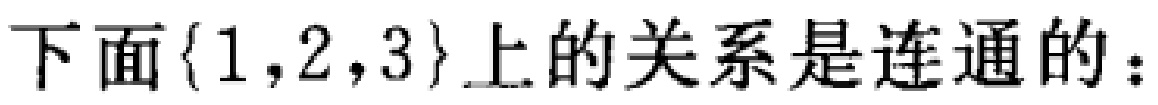
下面\{1,2,3\}上的关系是连通的：